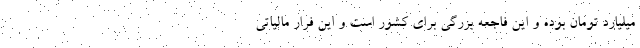
میلیارد تومان بوده و این فاجعه بزرگی برای کشور است و این فرار مالیاتی